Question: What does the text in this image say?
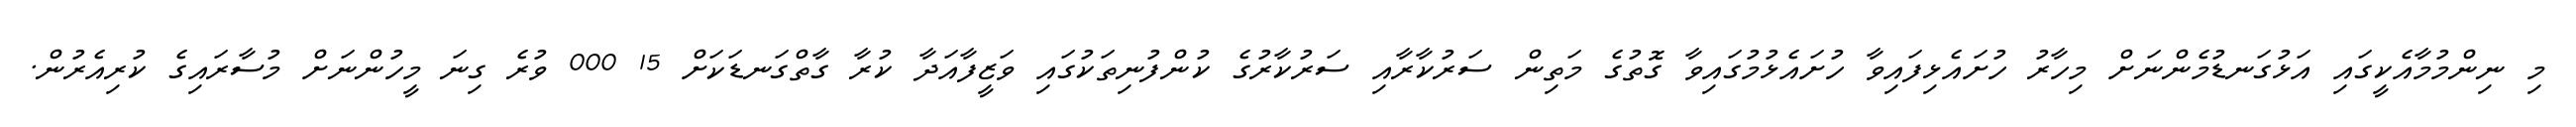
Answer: މި ނިންމުމާއެކީގައި އަޅުގަނޑުމެންނަށް މިހާރު ހުށައެޅިފައިވާ ހުށައެޅުމުގައިވާ ގޮތުގެ މަތިން ސަރުކާރާއި ސަރުކާރުގެ ކުންފުނިތަކުގައި ވަޒީފާއަދާ ކުރާ ގާތްގަނޑަކަށް 15 000 ވުރެ ގިނަ މީހުންނަށް މުސާރައިގެ ކުރިއެރުން.